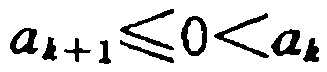
\(a_{k + 1} \leq 0 < a_{k}\)